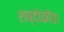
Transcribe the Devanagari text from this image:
शब्दोकोश